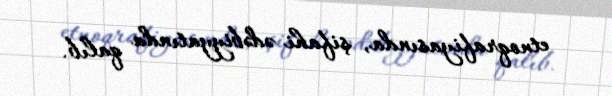
etnoqrafiyasında, şifahi ədəbiyyatında qalıb.